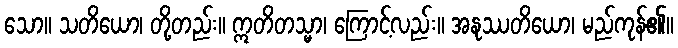
သော။ သတိယော၊ တို့တည်း။ ဣတိတသ္မာ၊ ကြောင့်လည်း။ အနုဿတိယော၊ မည်ကုန်၏။